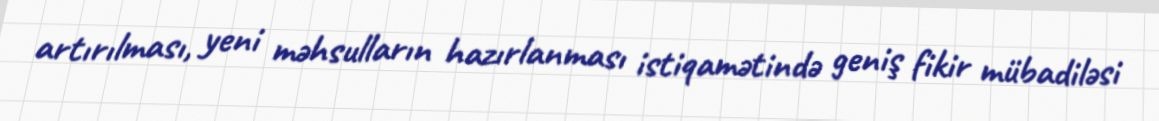
artırılması, yeni məhsulların hazırlanması istiqamətində geniş fikir mübadiləsi